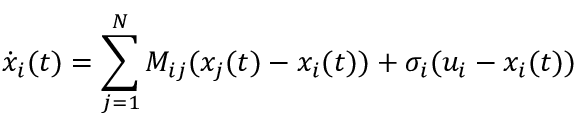
\dot { x } _ { i } ( t ) = \sum _ { j = 1 } ^ { N } M _ { i j } ( x _ { j } ( t ) - x _ { i } ( t ) ) + \sigma _ { i } ( u _ { i } - x _ { i } ( t ) )